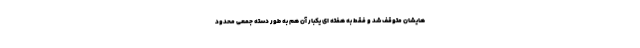
هایشان متوقف شد و فقط به هفته ای یکبار آن هم به طور دسته جمعی محدود